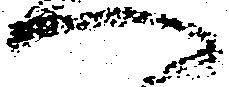
へ